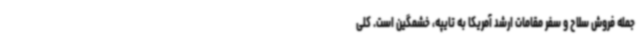
جمله فروش سلاح و سفر مقامات ارشد آمریکا به تایپه، خشمگین است. کلی